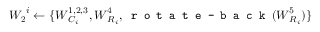
\boldsymbol { W _ { 2 } } ^ { i } \leftarrow \{ \boldsymbol { W } _ { C _ { i } } ^ { 1 , 2 , 3 } , \boldsymbol { W } _ { R _ { i } } ^ { 4 } , \texttt { r o t a t e - b a c k } ( \boldsymbol { W } _ { R _ { i } } ^ { 5 } ) \}